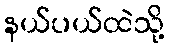
နယ်ပယ်ထဲသို့